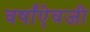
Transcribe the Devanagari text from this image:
वर्षांऐवजी